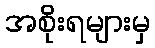
အစိုးရများမှ